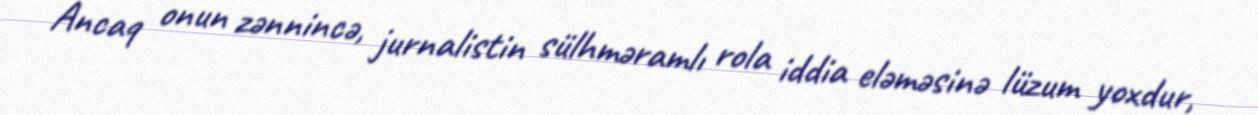
Ancaq onun zənnincə, jurnalistin sülhməramlı rola iddia eləməsinə lüzum yoxdur,